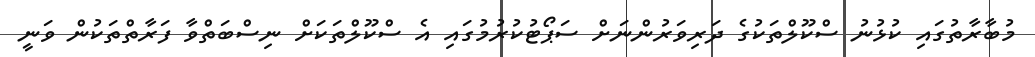
މުބާރާތުގައި ކުޅުނު ސްކޫލްތަކުގެ ދަރިވަރުންނަށް ސަޕޯޓުކުރުމުގައި އެ ސްކޫލްތަކަށް ނިސްބަތްވާ ފަރާތްތަކުން ވަނީ